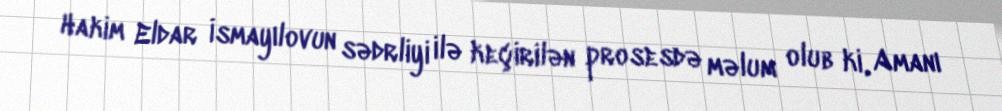
Hakim Eldar İsmayılovun sədrliyi ilə keçirilən prosesdə məlum olub ki, Amanı